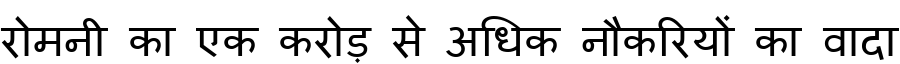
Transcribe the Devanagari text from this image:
रोमनी का एक करोड़ से अधिक नौकरियों का वादा